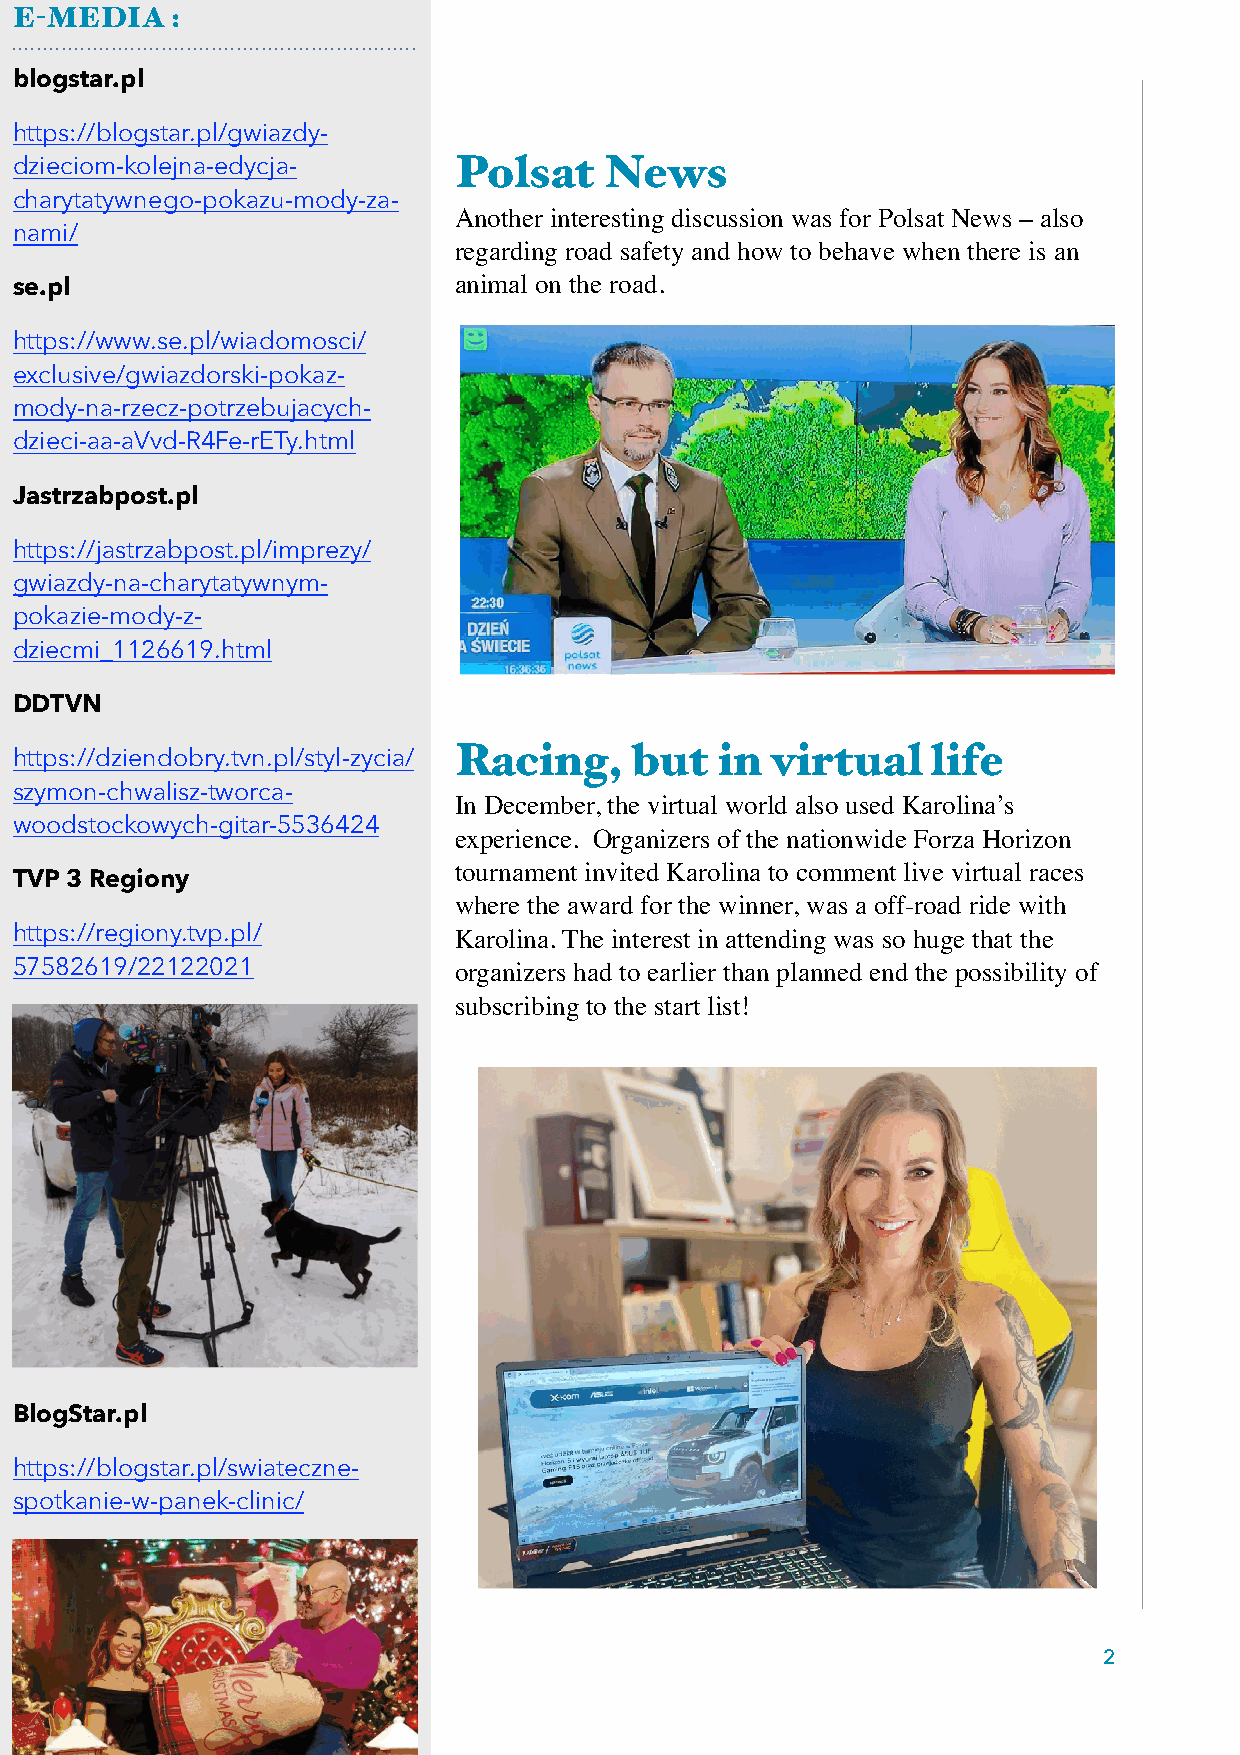
E-MEDIA   :
 blogstar.pl
 https://blogstar.pl/gwiazdy-
 dzieciom-kolejna-edycja-     Polsat    News
 charytatywnego-pokazu-mody-za-
 Another interesting discussion was for Polsat News – also
 nami/
 regarding road safety and how to behave when there is an
 se.pl                        animal on the road.
 https://www.se.pl/wiadomosci/
 exclusive/gwiazdorski-pokaz-
 mody-na-rzecz-potrzebujacych-
 dzieci-aa-aVvd-R4Fe-rETy.html
 Jastrzabpost.pl
 https://jastrzabpost.pl/imprezy/
 gwiazdy-na-charytatywnym-
 pokazie-mody-z-
 dziecmi_1126619.html
 DDTVN
 Racing,     but   in virtual    life
 https://dziendobry.tvn.pl/styl-zycia/
 szymon-chwalisz-tworca-
 In December, the virtual world also used Karolina’s
 woodstockowych-gitar-5536424
 experience. Organizers of the nationwide Forza Horizon
 tournament invited Karolina to comment live virtual races
 TVP 3 Regiony
 where the award for the winner, was a off-road ride with
 https://regiony.tvp.pl/      Karolina. The interest in attending was so huge that the
 57582619/22122021            organizers had to earlier than planned end the possibility of
 subscribing to the start list!
 BlogStar.pl
 https://blogstar.pl/swiateczne-
 spotkanie-w-panek-clinic/
 2